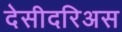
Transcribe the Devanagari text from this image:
देसीदरिअस